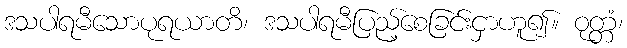
ဒသပါရမီသောပုရယာတိ၊ ဒသပါရမီပြည့်စေခြင်းငှာဟူ၍။ ဝုတ္တံ၊